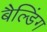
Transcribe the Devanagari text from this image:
बैल्डिंग